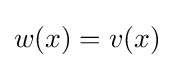
w(x)=v(x)